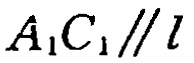
\(A_{1}C_{1}\parallel l\)